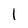
Character: I